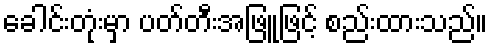
ခေါင်းတုံးမှာ ပတ်တီးအဖြူဖြင့် စည်းထားသည်။